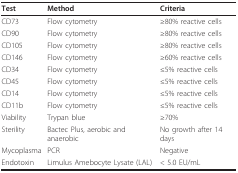
<table><thead><tr><td><b>Test</b></td><td><b>Method</b></td><td><b>Criteria</b></td></tr></thead><tbody><tr><td>CD73</td><td>Flow cytometry</td><td>≥80% reactive cells</td></tr><tr><td>CD90</td><td>Flow cytometry</td><td>≥80% reactive cells</td></tr><tr><td>CD105</td><td>Flow cytometry</td><td>≥80% reactive cells</td></tr><tr><td>CD146</td><td>Flow cytometry</td><td>≥60% reactive cells</td></tr><tr><td>CD34</td><td>Flow cytometry</td><td>≤5% reactive cells</td></tr><tr><td>CD45</td><td>Flow cytometry</td><td>≤5% reactive cells</td></tr><tr><td>CD14</td><td>Flow cytometry</td><td>≤5% reactive cells</td></tr><tr><td>CD11b</td><td>Flow cytometry</td><td>≤5% reactive cells</td></tr><tr><td>Viability</td><td>Trypan blue</td><td>≥70%</td></tr><tr><td>Sterility</td><td>Bactec Plus, aerobic and anaerobic</td><td>No growth after 14 days</td></tr><tr><td>Mycoplasma</td><td>PCR</td><td>Negative</td></tr><tr><td>Endotoxin</td><td>Limulus Amebocyte Lysate (LAL)</td><td>&lt; 5.0 EU/mL</td></tr></tbody></table>